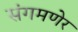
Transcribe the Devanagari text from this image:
संगमणेर